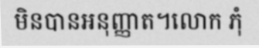
មិនបានអនុញ្ញាត។លោក ភុំ